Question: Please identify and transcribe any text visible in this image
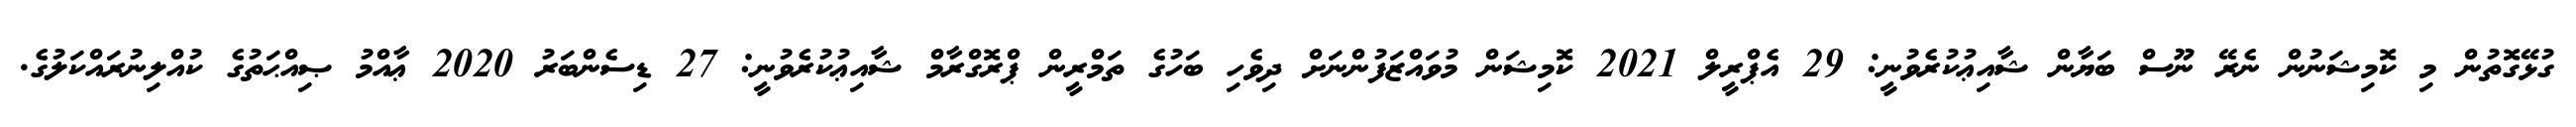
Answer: ގުޅޭގޮތުން މި ކޮމިޝަނުން ނެރޭ ނޫސް ބަޔާން ޝާއިޢުކުރެވުނީ: 29 އެޕްރީލް 2021 ކޮމިޝަން މުވައްޒަފުންނަށް ދިވެހި ބަހުގެ ތަމްރީން ޕްރޮގްރާމް ޝާއިޢުކުރެވުނީ: 27 ޑިސެންބަރު 2020 ޢާއްމު ޞިއްޙަތުގެ ކުއްލިނުރައްކަލުގެ.